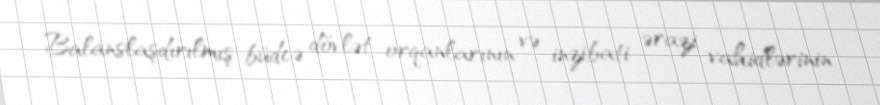
Balanslaşdırılmış büdcə dövlət orqanlarının və inzibati ərazi vahidlərinin